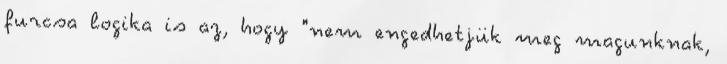
furcsa logika is az, hogy "nem engedhetjük meg magunknak,